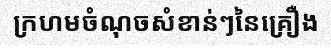
ក្រហមចំណុចសំខាន់ៗនៃគ្រឿង